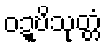
ဝဍ္ဎိသုတ္တံ